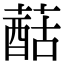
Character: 䔯